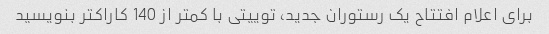
برای اعلام افتتاح یک رستوران جدید، توییتی با کمتر از 140 کاراکتر بنویسید